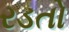
રડતો